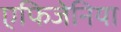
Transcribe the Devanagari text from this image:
एफिजेनिया